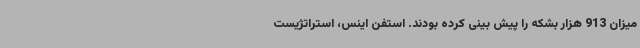
میزان 913 هزار بشکه را پیش بینی کرده بودند. استفن اینس، استراتژیست